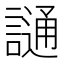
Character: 𫍌